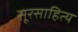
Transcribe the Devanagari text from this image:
सूरसाहित्य